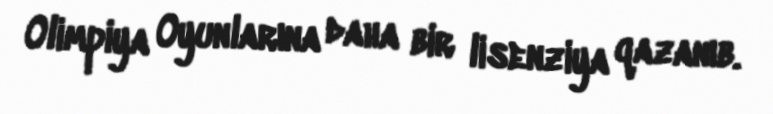
Olimpiya Oyunlarına daha bir lisenziya qazanıb.